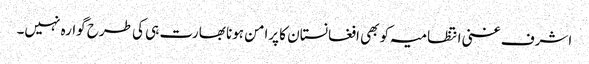
اشرف غنی انتظامیہ کو بھی افغانستان کا پرامن ہونا بھارت ہی کی طرح گوارہ نہیں۔